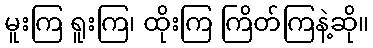
မူးကြ ရူးကြ၊ ထိုးကြ ကြိတ်ကြနဲ့ဆို။